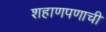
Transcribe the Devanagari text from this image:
शहाणपणाची